Rae_vallavalitsus, lk 87
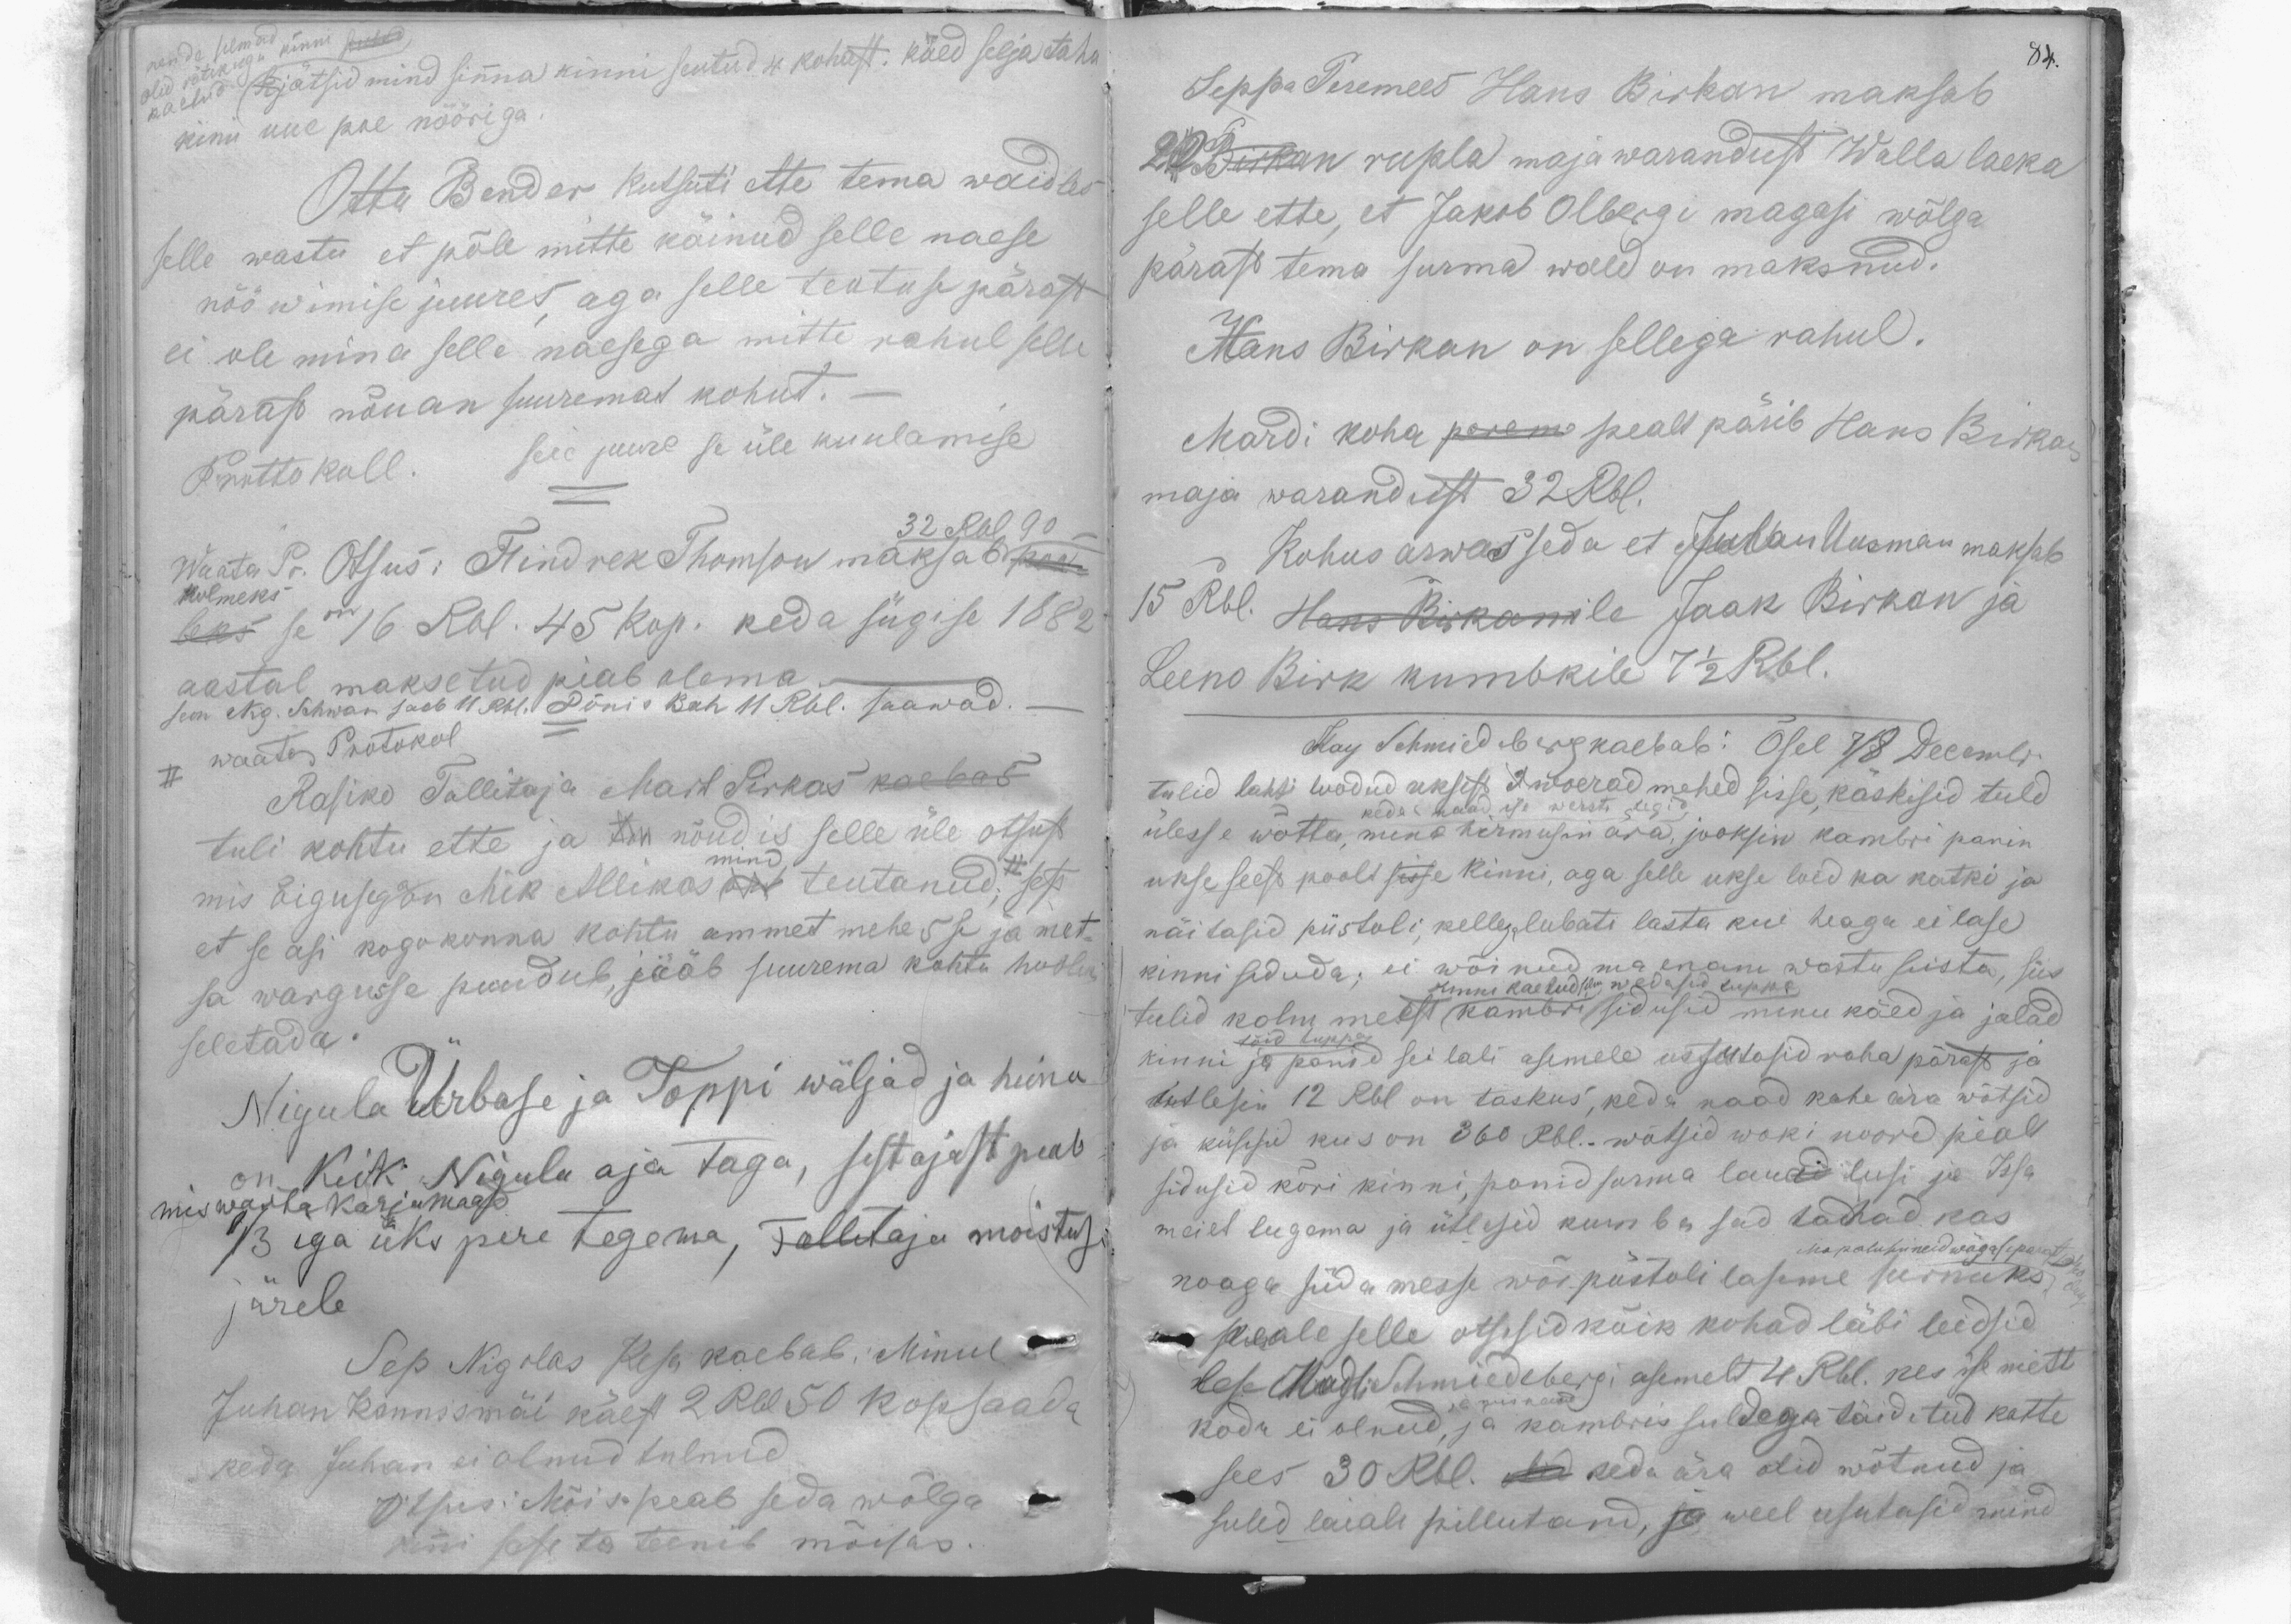
kjätsid mind sinna kinni seutud 4 kohast. käed selja taha
olid kätekuga kinni
kaetud.
kinii uue poe nööriga
Ottu Bender kutsuti ette tema waidles
selle wastu et põle mitte käinud selle naese
rööwimise juures, aga selle teotuse pärast
ei ole mina selle naesega mitte rahul selle
pärast nõuan suuremat kohut.
Prottokoll.
seie juure se üle kuulamise
Waata Pr. Otsus: Hindrek Thomson maksab peaw
32 Rbl 90
Kolmeks
beks se on 16 Rbl. 45 kop. keda sügise 1882
aastal maksetud piab olema
seon Nig. Schwan saab 11 Rbl. Tõnis Bah 11 Rbl. saawad.
II waata Protokol
Rasiko Tallitaja Mart Sirkas kaebas
tuli kohtu ette ja ta nõud is selle üle otsust
mind
mis õigusega on Mik Allikas taon teutanud, et sest
et se asi kogokonna kohtu ammet mehesse ja met-
sa wargusse puudub, jääb suurema kohtu hoolek
seletada.
Nigula Ürbase ja Toppi wäljad ja heinu
on Keik Nigula aja taga, sest ajast peab
mis wasta karjumaad.
13 iga üks pere tegema, Tallitaja moistuse
järele
Sep Nigolas Kesa kaebab: Minul
Juhan Kannismäi käest 2 Rbl 50 kopsaada
keda Juhan ei olnud tulnud
Otsus: Mõis peab seda wõlga
kinni sest ta teenib mõisas.

84.
Seppa Peremees Hans Birkan maksab
20 Birkan rupla maja warandust Walla laeka
selle ette, et Jakob Olbergi magasi wõlga
pärast tema surma wald on maksnud.
Hans Birkan on sellega rahul.
Mardi koha pereme pealt pärib Hans Birkan
maja warandust 32Rbl.
Kohus arwas seda et Juhan Uusman maksab
15 Rbl. Hans Birkanile Jaak Birkan ja
Leeno Birk kumbkile 7 1/2 Rbl.
Kay Schmiedeberg kaebab: Õsel 7/8 Decembr.
tulid lahti loodud uksest 3 woerad mehed sisse, käskisid tuld
keda naad ise warsti tegid
ülesse wõtta, mina hirmusin ära, jooksin kambri panin
ukse seest poolt sisse kinni, aga selle ukse loid ka katki ja
näitasid püstoli, kellegalubati lasta kui heaga ei lase
kinni siduda; ei wõinud ma enam wastu seista, siis
kinni kaetud silm wedasid tuppa
tulid kolm meest kambri sidusid minu käed ja jalad
tõid tuppa
kinni ja panid seilali asemele ussutasid raha pärast ja
tutlesin 12 Rbl on taskus, keda naad kohe ära wõtsid
ja küsisid kus on 360 Rbl. wõtsid woki noore pialt
sidusid kõri kinni, panid surma laulusi ja Issa
meiet lugema ja ütlesid kumba sad tahad kas
Ma palusin neid wäga separat,
noaga südamesse wõi püstoli laseme surnuks
peale selle otsesid kõik kohad läbi leidsid
lese Madli Schmiedebergi asemelt 4 Rbl. kes ise mitte
ja wiskand
kodu ei olnud, ja kambris suldega täidetud kotte
sees 30 Rbl. Mid  keda ära olid wõtnud ja
suled laiale pillutand, ja weel usutasid mind